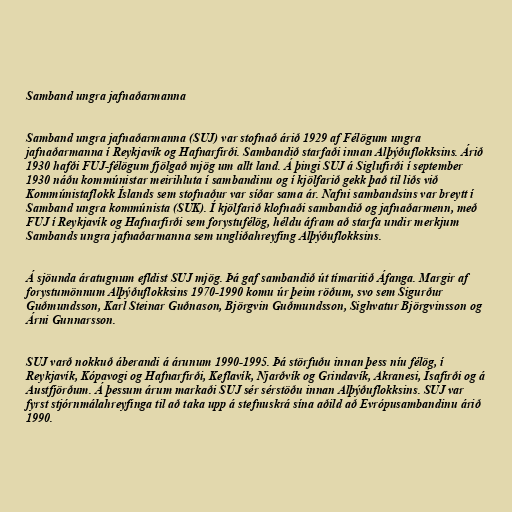
Samband ungra jafnaðarmanna

Samband ungra jafnaðarmanna (SUJ) var stofnað árið 1929 af Félögum ungra
jafnaðarmanna í Reykjavík og Hafnarfirði. Sambandið starfaði innan Alþýðuflokksins. Árið
1930 hafði FUJ-félögum fjölgað mjög um allt land. Á þingi SUJ á Siglufirði í september
1930 náðu kommúnistar meirihluta í sambandinu og í kjölfarið gekk það til liðs við
Kommúnistaflokk Íslands sem stofnaður var síðar sama ár. Nafni sambandsins var breytt í
Samband ungra kommúnista (SUK). Í kjölfarið klofnaði sambandið og jafnaðarmenn, með
FUJ í Reykjavík og Hafnarfirði sem forystufélög, héldu áfram að starfa undir merkjum
Sambands ungra jafnaðarmanna sem ungliðahreyfing Alþýðuflokksins.

Á sjöunda áratugnum efldist SUJ mjög. Þá gaf sambandið út tímaritið Áfanga. Margir af
forystumönnum Alþýðuflokksins 1970-1990 komu úr þeim röðum, svo sem Sigurður
Guðmundsson, Karl Steinar Guðnason, Björgvin Guðmundsson, Sighvatur Björgvinsson og
Árni Gunnarsson.

SUJ varð nokkuð áberandi á árunum 1990-1995. Þá störfuðu innan þess níu félög, í
Reykjavík, Kópavogi og Hafnarfirði, Keflavík, Njarðvík og Grindavík, Akranesi, Ísafirði og á
Austfjörðum. Á þessum árum markaði SUJ sér sérstöðu innan Alþýðuflokksins. SUJ var
fyrst stjórnmálahreyfinga til að taka upp á stefnuskrá sína aðild að Evrópusambandinu árið
1990.